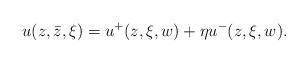
LaTeX: \begin{align*}u(z,\bar z,\xi)=u^+(z,\xi,w)+\eta u^-(z,\xi,w).\end{align*}